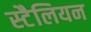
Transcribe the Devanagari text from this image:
स्टैलियन